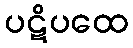
ပဋိပထေ